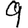
Digit: 9